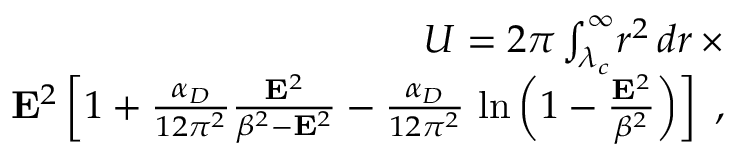
\begin{array} { r } { U = 2 \pi \int _ { \lambda _ { c } } ^ { \infty } \! r ^ { 2 } \, d r \, \times } \\ { { \bf E } ^ { 2 } \left[ 1 + \frac { \alpha _ { D } } { 1 2 \pi ^ { 2 } } \frac { { \bf E } ^ { 2 } } { \beta ^ { 2 } - { \bf E } ^ { 2 } } - \frac { \alpha _ { D } } { 1 2 \pi ^ { 2 } } \, \ln \left( 1 - \frac { { \bf E } ^ { 2 } } { \beta ^ { 2 } } \right) \right] \; , } \end{array}